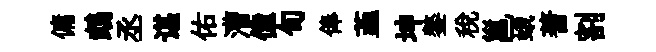
傭鵡丞谌佑漕僮旬俸韮坤鏊税邕蛾蓍割